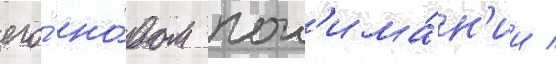
его́ но́вом пон'има́н'ии /